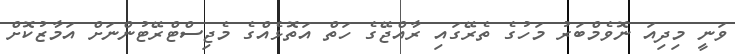
ވަނީ މިދިއަ ނޮވެމްބަރު މަހުގެ ތެރޭގައި ރާއްޖޭގެ ހަތް އަތޮޅެއްގެ މެޖިސްޓްރޭޓުންނަށް އަމާޒުކޮށް